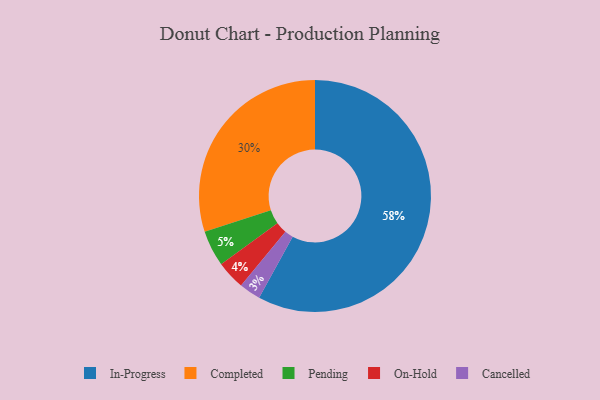
{"axis": {"x": "Category", "y": "Percentage"}, "legend": ["Cancelled", "Completed", "In-Progress", "On-Hold", "Pending"], "data": [{"x": "Pending", "y": 5, "type": "Pending"}, {"x": "In-Progress", "y": 58, "type": "In-Progress"}, {"x": "On-Hold", "y": 4, "type": "On-Hold"}, {"x": "Completed", "y": 30, "type": "Completed"}, {"x": "Cancelled", "y": 3, "type": "Cancelled"}]}